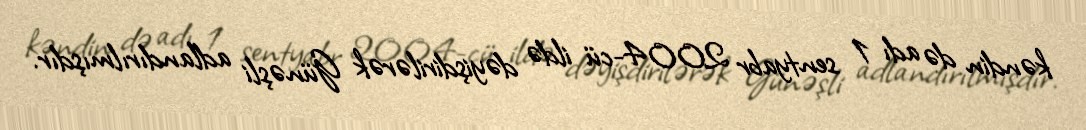
kəndin də adı 1 sentyabr 2004-cü ildə dəyişdirilərək Günəşli adlandırılmışdır.